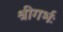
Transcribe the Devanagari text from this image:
श्रीगर्भः